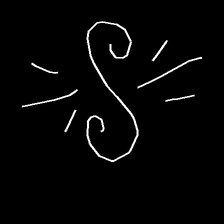
Glyph: wind-directs-air